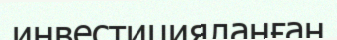
инвестицияланған